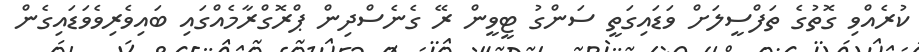
ކުރެއްވި ގޮތުގެ ތަފްސީލަށް ވަޑައިގަތީ ސަންގު ޓީވީން ރޭ ގެނެސްދިން ޕްރޮގްރާމެއްގައި ބައިވެރިވެވަޑައިގެން